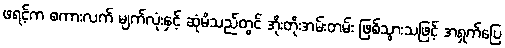
ဖရင့်က စကားလက် မျက်လုံးနှင့် ဆုံမိသည်တွင် အိုးတိုးအမ်းတမ်း ဖြစ်သွားသဖြင့် အရှက်ပြေ